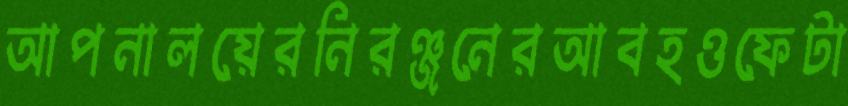
আপনালয়েরনিরঞ্জনেরআবহওফেটা